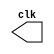
`timescale 1ns/100ps
module ClockGen (clk);
    output reg clk;

    initial clk = 0;

    always 
        #50 clk = ~clk;
endmodule